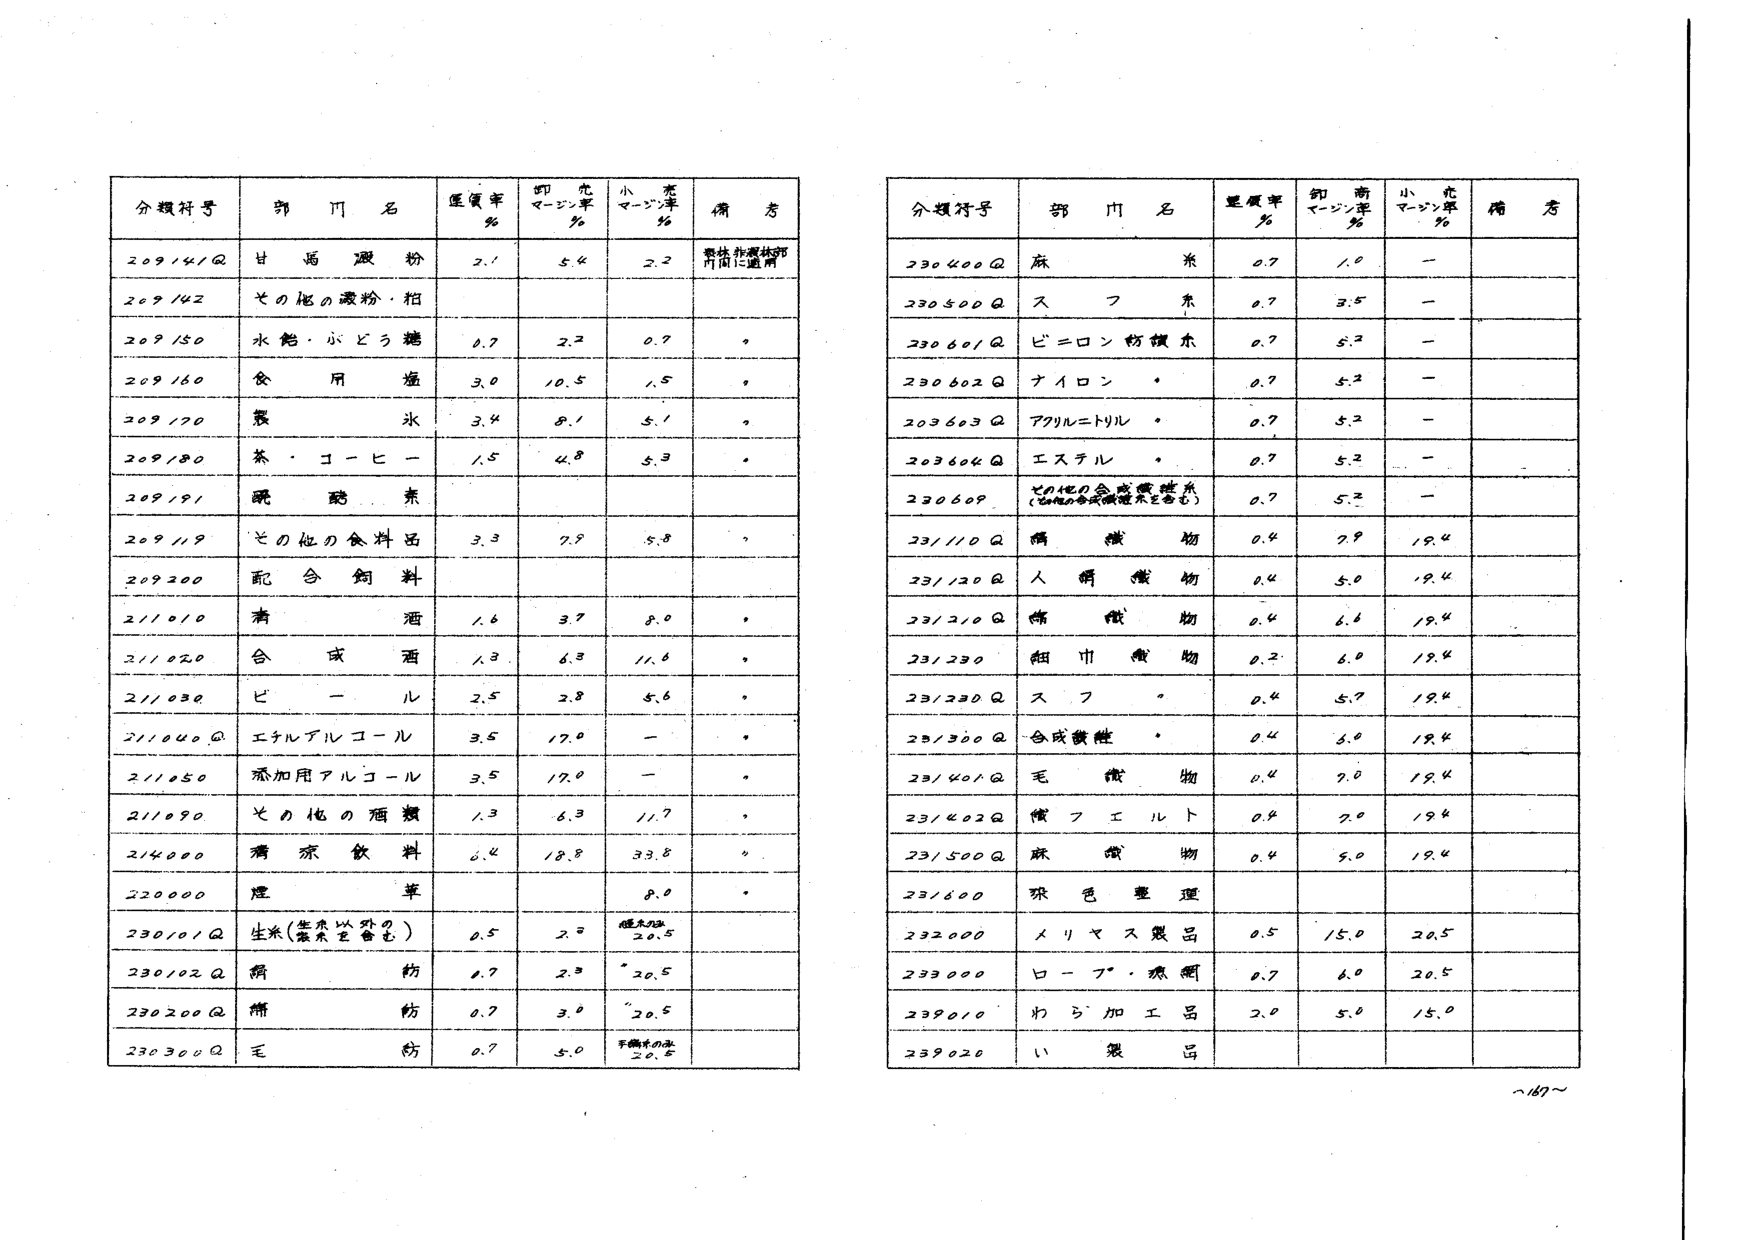
分類符号 部門名 売値率% 卸売マージン率% 小売マージン率% 備考
209/41Q 甘味澱粉 2.1 5.4 2.2 非農林部門間流通用
209/42 その他の澱粉・粕
209/50 水飴・ぶどう糖 0.7 2.2 0.7
209/60 食用塩 3.0 10.5 1.5
209/70 食氷 3.4 8.1 5.1
209/80 茶・コーヒー 1.5 4.8 5.3
209/91 乳酸素
209/19 その他の食料品 3.3 7.9 5.8
209200 配合飼料
211010 清酒 1.6 3.7 8.0
211020 合成酒 1.3 6.3 11.6
211030 ビール 2.5 2.8 5.6
211040Q エチルアルコール 3.5 17.0 —
211050 添加用アルコール 3.5 17.0 —
211090 その他の酒類 1.3 6.3 11.7
214000 清涼飲料 6.4 18.8 33.8
220000 煙草 8.0
230/01Q 生米(雑米を含む) 0.5 2.0 稲米のみ20.5
230/02Q 絹紡 0.7 2.3 20.5
230200Q 綿紡 0.7 3.0 20.5
230300Q 毛紡 0.7 5.0 手織布のみ20.5

分類符号 部門名 売値率% 卸売マージン率% 小売マージン率% 備考
230400Q 麻糸 0.7 1.0 —
230500Q スフ糸 0.7 3.5 —
230601Q ビニロン紡績糸 0.7 5.2 —
230602Q ナイロン・ 0.7 5.2 —
203603Q アクリルニトリル・ 0.7 5.2 —
203604Q エステル・ 0.7 5.2 —
230609 その他の合成繊維糸 (合成繊維糸を含む) 0.7 5.2 —
231110Q 織織物 0.4 7.9 19.4
231120Q 人絹織物 0.4 5.0 19.4
231210Q 綿織物 0.4 6.6 19.4
231230 細巾織物 0.2 6.0 19.4
231230Q スフ・ 0.4 5.7 19.4
231300Q 合成繊維・ 0.4 5.0 19.4
231401Q 毛織物 0.4 7.0 19.4
231402Q 綿フエルト 0.4 7.0 19.4
231500Q 麻織物 0.4 5.0 19.4
231600 染色整理
232000 メリヤス製品 0.5 15.0 20.5
233000 ロープ・麻綱 0.7 6.0 20.5
239010 わら加工品 2.0 5.0 15.0
239020 い製品

～187～